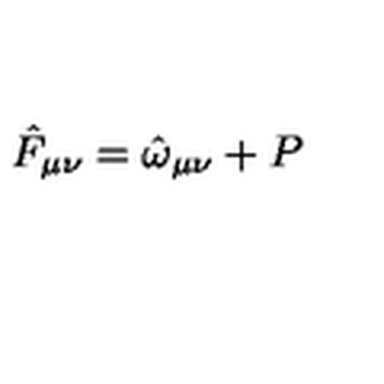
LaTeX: \hat { F } _ { \mu \nu } = \hat { \omega } _ { \mu \nu } + P